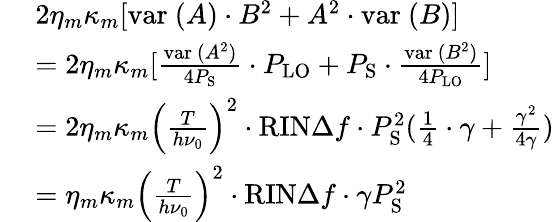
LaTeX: \begin{array}{rl}{~}&{2\eta_{m}\kappa_{m}[\mathrm{var~}(A)\cdot B^{2}+A^{2}\cdot\mathrm{var~}(B)]}\\ &{=2\eta_{m}\kappa_{m}[\frac{\mathrm{var~}(A^{2})}{4P_{\mathrm{S}}}\cdot P_{\mathrm{LO}}+P_{\mathrm{S}}\cdot\frac{\mathrm{var~}(B^{2})}{4P_{\mathrm{LO}}}]}\\ &{=2\eta_{m}\kappa_{m}\left(\frac{T}{h\nu_{0}}\right)^{2}\cdot\mathrm{RIN}\Delta f\cdot P_{\mathrm{S}}^{2}(\frac{1}{4}\cdot\gamma+\frac{\gamma^{2}}{4\gamma})}\\ &{=\eta_{m}\kappa_{m}\left(\frac{T}{h\nu_{0}}\right)^{2}\cdot\mathrm{RIN}\Delta f\cdot\gamma P_{\mathrm{S}}^{2}}\end{array}